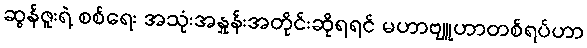
ဆွန်ဇူးရဲ့ စစ်ရေး အသုံးအနှုန်းအတိုင်းဆိုရရင် မဟာဗျူဟာတစ်ရပ်ဟာ